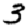
Digit: 3